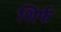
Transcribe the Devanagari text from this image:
शिर्फ